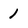
Character: 1